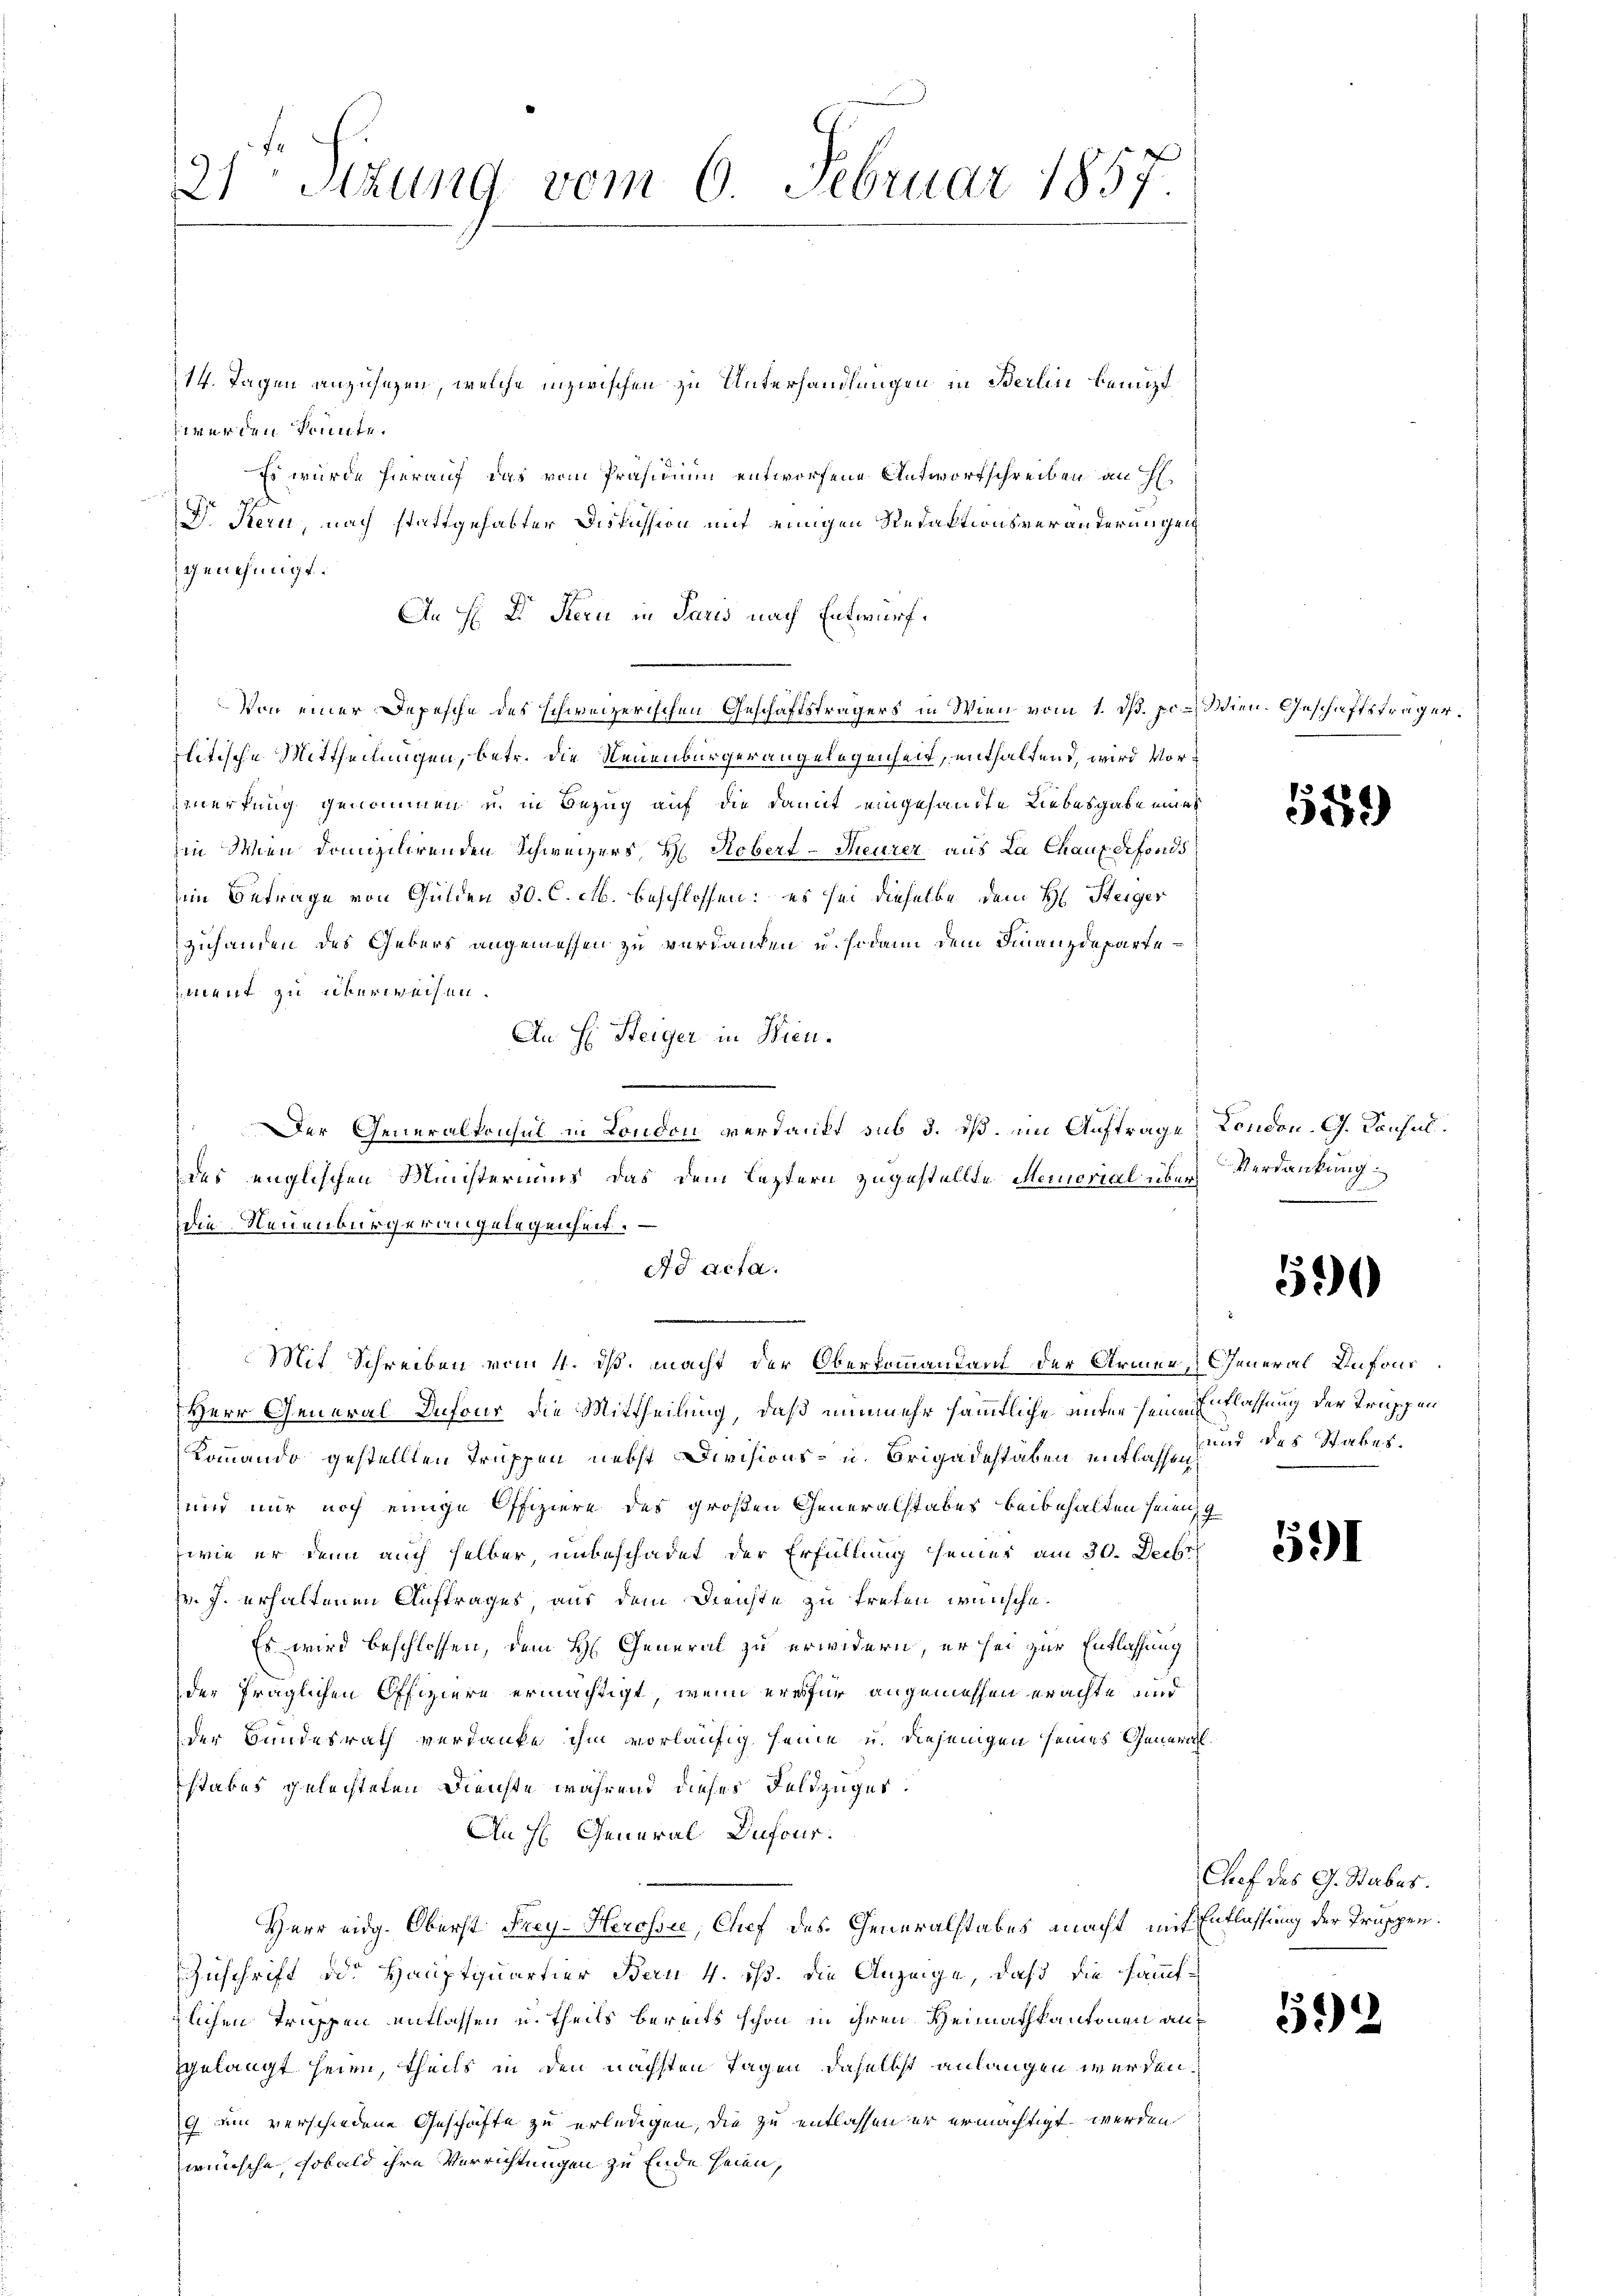
21ten Sizung vom 6. Februar 1857

14. Tagen anzusezen, welche inzwischen zu Unterhandlungen in Berlin benuzt
werden konnte.
Es wurde hierauf das vom Präsidium entworfene Antwortschreiben an H.
D. Kern, nach stattgehabter Diskussion mit einigen Redaktionsveränderungen
genehmigt.
An H. Dr Kern in Paris nach Entwurf.
Von einer Depesche des schweizerischen Geschäftsträgers in Wien vom 1. ds. pr. Wien. Geschäftsträger.
plitische Mittheilungen, betr. die Neuenburgerangelegenheit, enthaltend, wird Voremerkung genommen u. in Bezug auf die damit eingesandte Liebesgabe eines
hin den domizilirenden Schweizers, Hr. Robert-Theurer aus La Chaux defonds
im Betrage von Gulden 30. C. M. beschlossen: es sei dieselbe dem H. Steiger
zuhanden des Gebers angemessen zu verdanken u. sodann dem Finanzdepartement zu überweisen.
An H: Steiger in Wien.
Der Generalkonsul in London verdankt sub 3. dß. im Auftrage, London. G. Konsuldes englischen Ministeriums, das dem leztern zugestellte Memorial überdie Neuenburger angelegenheit.
do acta.
.
Mit Schreiben vom 4. dß. macht der Oberkommandant der Armee, General Antons¬
Herr General-Dufour die Mittheilung, daß nunmehr sämmtliche unter seine Entlassung der Truppen
Kommando gestellten Truppen nebst Divisions- u. Brigadestaben entlassen und des Staber¬
und nur noch einige Offiziere des großen Generalstabes beibehalten seien,
wie er denn auch selber, unbeschadet der Erfüllung seiner am 30. Decbr
Hr. J. erhaltenen Auftrages, aus dem Dienste zu treten wünsche.
Es wird beschlossen, dem H. General zu erwidern, er sei zur Entlassung
der fraglichen Offiziere ermächtigt, wenn erfür angemessen erachte und
der Bundesrath verdanke ihm vorläufig seine u. diejenigen seines Generalstakes gelachteten Dienste während dieses Feldzüger.
An H General Dufour.
Herr eidg. Oberst Frey. Herossee, Chef des Generalstabes macht mit Entlassung der Truppen¬
Zuschrift der Hauptquartier Bern 4. ist. Die Anzeige, daß die sämmtzlichen Truppen entlassen u. theils bereits schon in ihren Heimathkantonen angelangt seien, theils in den nächsten Tagen daselbst anlangen werden,
9 am verschiedene Geschäfte zu erledigen, die zu entlassen er ermächtigt werden
wünsche, sobald ihre Verrichtungen zu Ende seien,

589

Verdankung

590

591

Auf des G. Stabes.

5.)